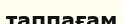
таппағам